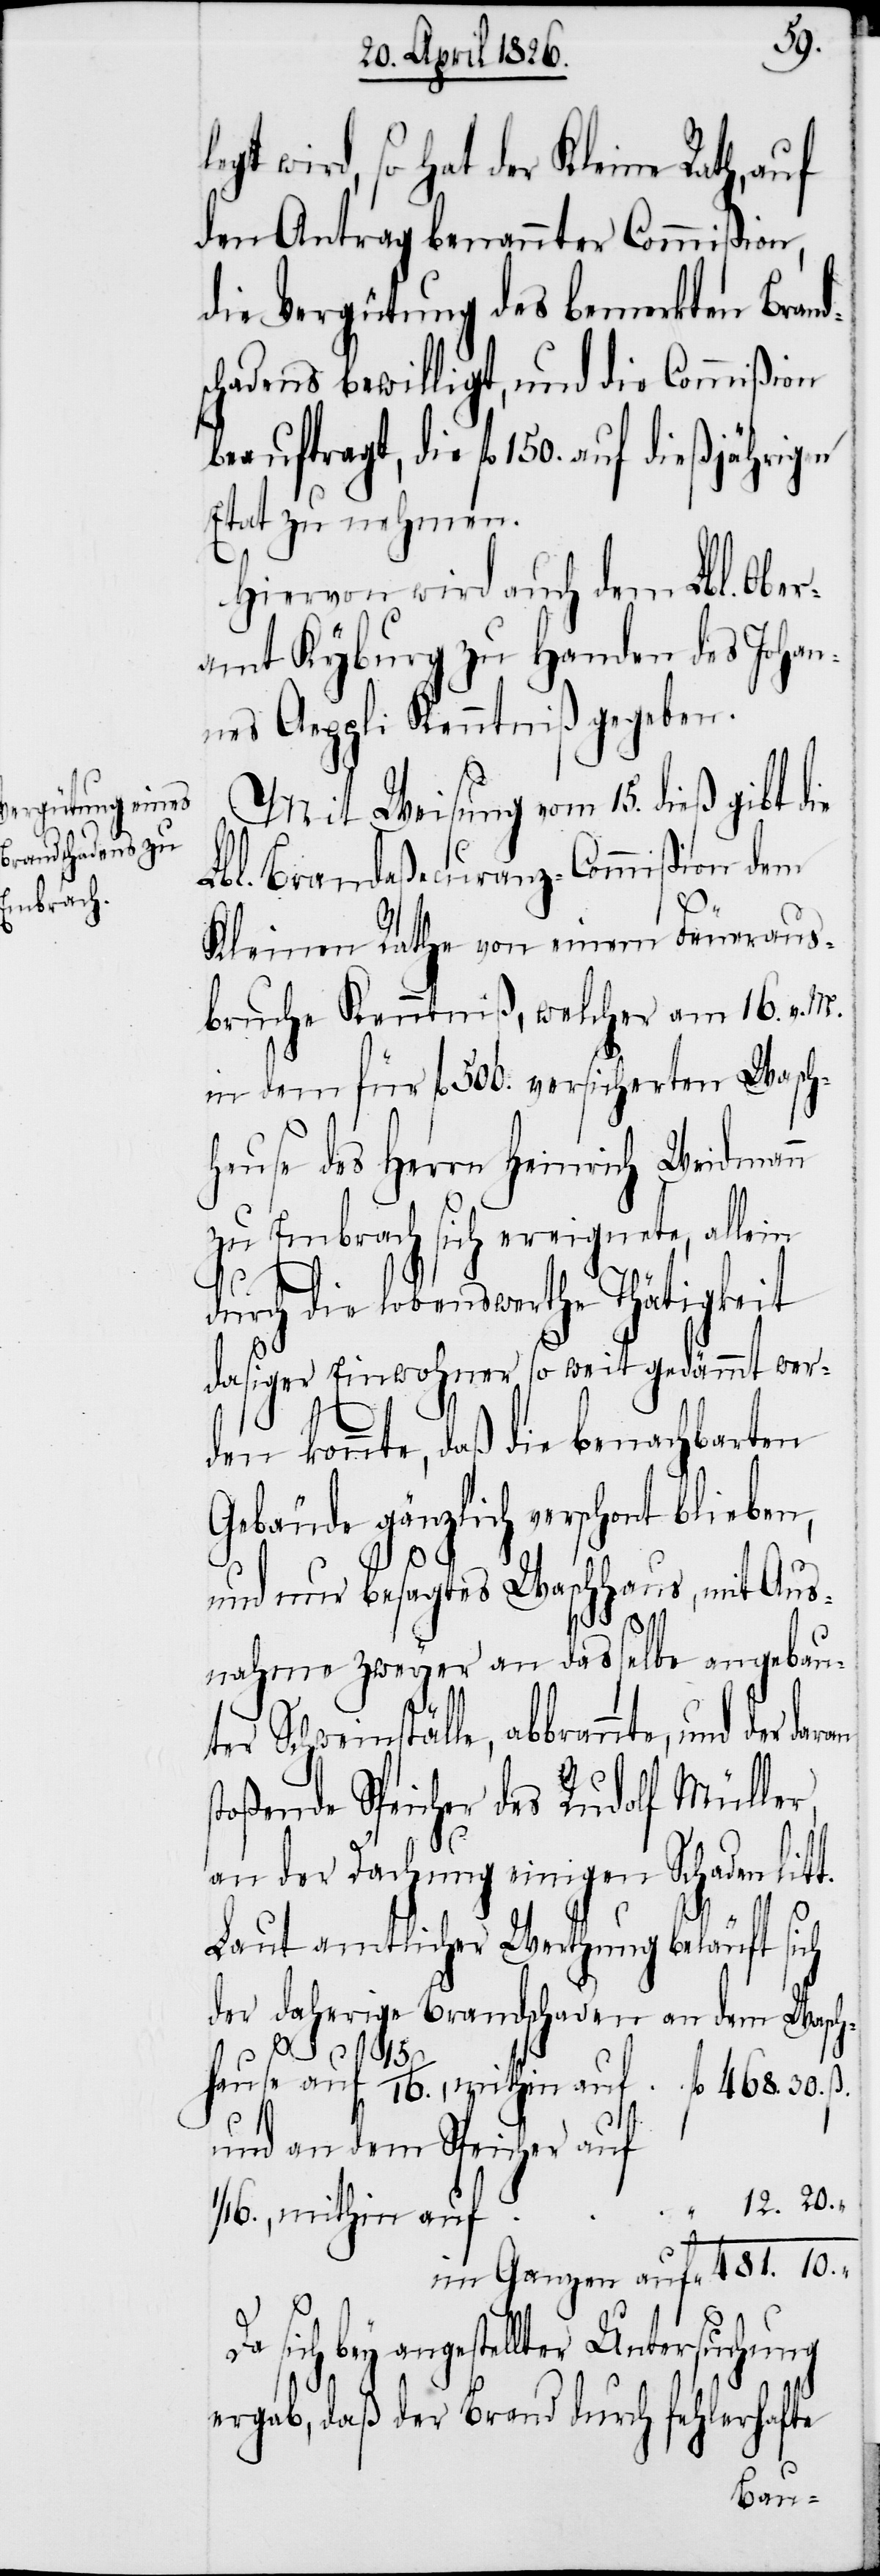
20.
wird, so hat der Kleine Rath, auf
den Antrag benannter Commißion,
die Vergütung des bemerkten Brands¬
chadens, bewilligt, und die Commißion
beauftragt, die fl. 150. auf dießjährigen
Etat zu nehmen.
Hiervon wird auch dem Lbl. Ober¬
amt Kyburg zu Handen des Johan¬
nes Aeppli Kenntniß gegeben.
Mit Weisung vom 15. dieß gibt die
Lbl. Brandaßecuranz-Commißion dem
Kleinen Rath von einem Feueraus¬
bruche Kenntniß, welcher am 16. v. M.
in dem für fl. 500. versicherten Wasch¬
hause des Herrn Heinrich Wiedmann
zu Embrach sich ereignete, allein
durch die lobenswerthe Thätigkeit
dasiger Einwohner so weit gedämmt wer¬
den konnte, daß die benachbarten
Gebäude gänzlich verschont blieben,
und nur besagtes Waschhaus, mit Aus¬
nahme zweyer an dasselbe angebau¬
ter Scheinställe, abbrannte, und
stoßende Speicher des Rudolf Müller,
an der Dachung einigen Schaden litt.
Laut amtlicher Werthung beläuft sich
und an dem Speicher auf
1/16., mithin auf
sich bey angestellter Untersuchung
ergab, daß der Brand durch fehlerhafte